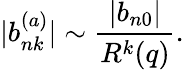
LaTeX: |b_{nk}^{(a)}|\sim\frac{|b_{n0}|}{R^{k}(q)}.